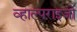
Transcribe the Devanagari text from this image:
व्हाल्पराइजो